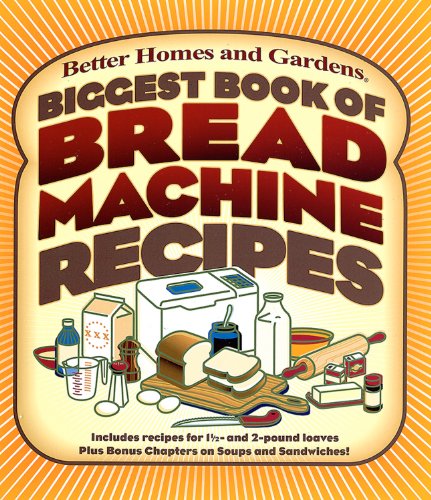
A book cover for Biggest Book of Bread Machine Recipes (Better Homes and Gardens Cooking); Better Homes and Gardens; Cookbooks, Food & Wine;